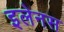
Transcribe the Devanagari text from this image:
इलेनस